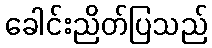
ခေါင်းညိတ်ပြသည်